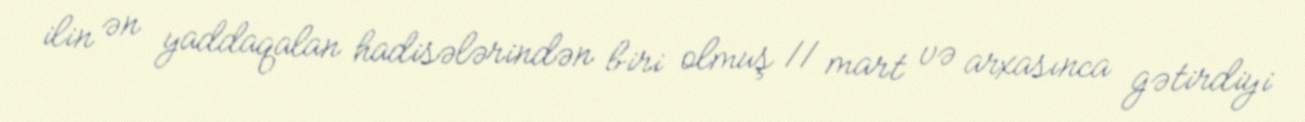
ilin ən yaddaqalan hadisələrindən biri olmuş 11 mart və arxasınca gətirdiyi